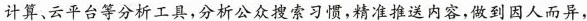
计算、云平台等分析工具，分析公众搜索习惯，精准推送内容，做到因人而异，